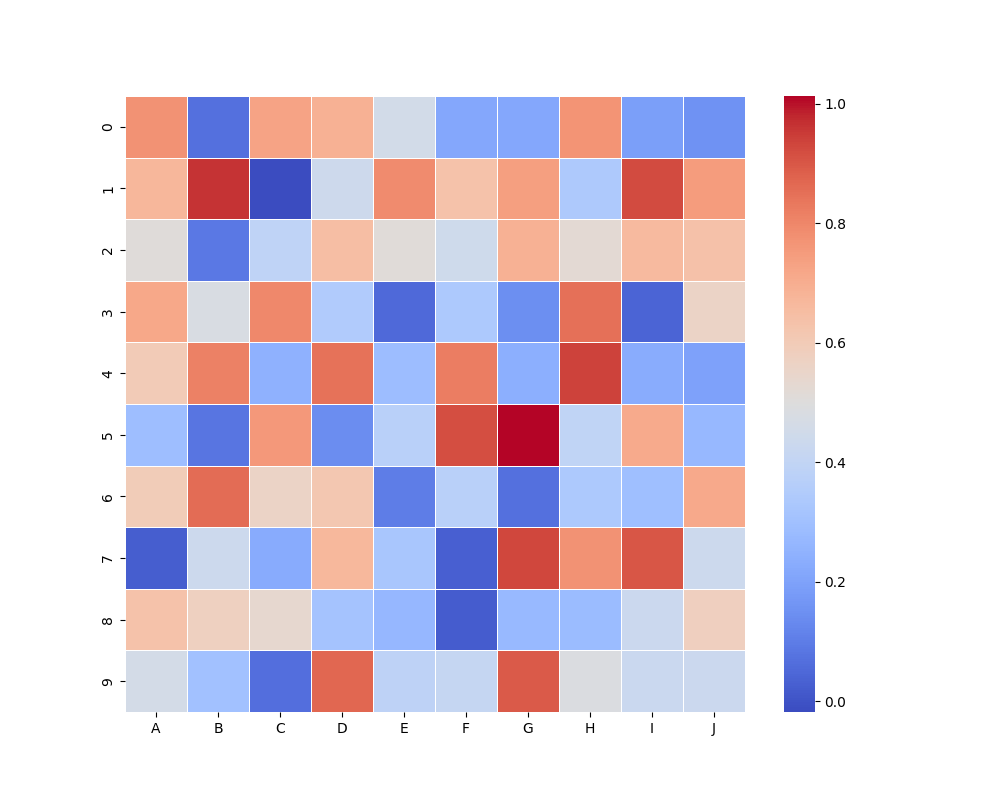
python, seaborn, heatmap, cmap='coolwarm', linewidths=0.5, center=none